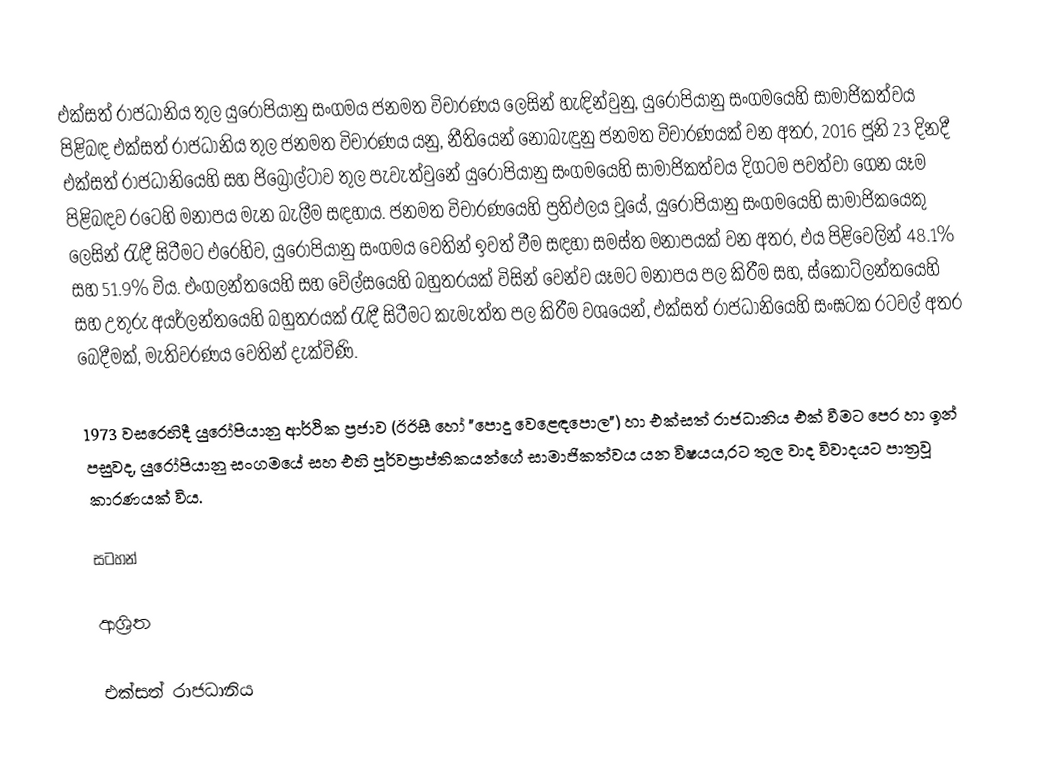
එක්සත් රාජධානිය තුල යුරෝපියානු සංගමය ජනමත විචාරණය ලෙසින් හැඳින්වුනු,  යුරෝපියානු සංගමයෙහි සාමාජිකත්වය පිළිබඳ එක්සත් රාජධානිය තුල ජනමත විචාරණය යනු, නීතියෙන් නොබැඳුනු ජනමත විචාරණයක් වන අතර, 2016 ජූනි 23 දිනදී එක්සත් රාජධානියෙහි සහ  ජිබ්‍රෝල්ටාව තුල පැවැත්වුනේ යුරෝපියානු සංගමයෙහි සාමාජිකත්වය දිගටම පවත්වා ගෙන යෑම පිළිබඳව රටෙහි මනාපය මැන බැලීම සඳහාය.  ජනමත විචාරණයෙහි ප්‍රතිඵලය වූයේ,  යුරෝපියානු සංගමයෙහි සාමාජිකයෙකු ලෙසින් රැඳී සිටීමට එරෙහිව,   යුරෝපියානු සංගමය වෙතින් ඉවත් වීම සඳහා සමස්ත මනාපයක් වන අතර, එය පිළිවෙලින්  48.1% සහ 51.9% විය.   එංගලන්තයෙහි සහ වේල්සයෙහි බහුතරයක් විසින් වෙන්ව යෑමට මනාපය පල කිරීම සහ, ස්කොට්ලන්තයෙහි සහ උතුරු අයර්ලන්තයෙහි බහුතරයක් රැඳී සිටීමට කැමැත්ත පල කිරීම වශයෙන්, එක්සත් රාජධානියෙහි සංඝටක රටවල් අතර බෙදීමක්,  මැතිවරණය වෙතින් දැක්විණි.

1973 වසරෙහිදී යුරෝපියානු ආර්ථික ප්‍රජාව (ඊඊසී හෝ "පොදු වෙළෙඳපොල") හා එක්සත් රාජධානිය එක් වීමට පෙර හා ඉන් පසුවද,  යුරෝපියානු සංගමයේ සහ එහි පූර්වප්‍රාප්තිකයන්ගේ සාමාජිකත්වය යන විෂයය,රට තුල වාද විවාදයට පාත්‍රවූ කාරණයක් විය.

සටහන්

ආශ්‍රිත

එක්සත් රාජධානිය